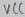
Text: VCC